Document type: Acquittance
Year: 1296
Scribe: Jaume de Malví
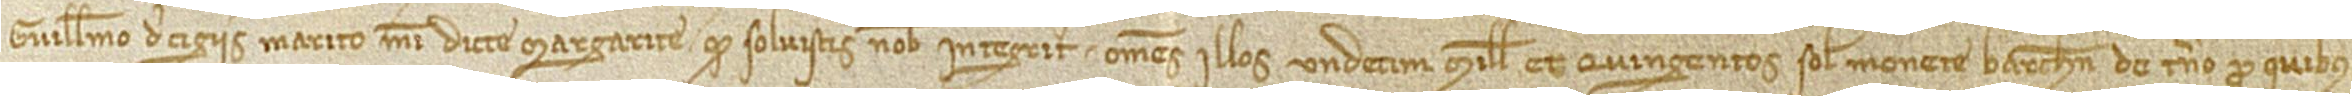
Guillelmo de Cigiis, marito mei dicte Margarite, quod solvistis nobis integriter omnes illos undecim mille et quingentos solidos monete Barchinone de terno pro quibus